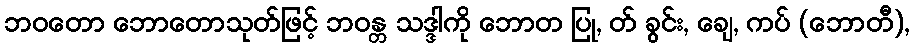
ဘဝတော ဘောတောသုတ်ဖြင့် ဘဝန္တ သဒ္ဒါကို ဘောတ ပြု, တ် ခွင်း, ချေ, ကပ် (ဘောတီ),